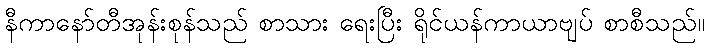
နီကာနော်တီအုန်းစုန်သည် စာသား ရေးပြီး ရိုင်ယန်ကာယာဗျပ် စာစီသည်။